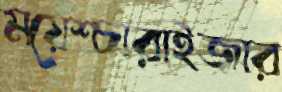
ময়েশ্চারাইজার